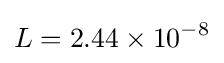
L=2.44\times 10^{-8}